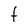
Character: t